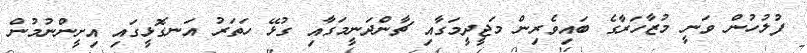
ފުލުހުން ވަނީ މުޒާހަރާގެ ބައިވެރިން މަޖީދީމަގާއި ޗާންދަނީމަގާއި ގުޅޭ ހަތަރު އަނގޮޅީގައި އިށީންނުމުން